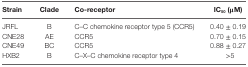
<table><thead><tr><td><b>Strain</b></td><td><b>Clade</b></td><td><b>Co-receptor</b></td><td><b>IC<sub>50</sub> (μM)</b></td></tr></thead><tbody><tr><td>JRFL</td><td>B</td><td>C–C chemokine receptor type 5 (CCR5)</td><td>0.40 ± 0.19</td></tr><tr><td>CNE28</td><td>AE</td><td>CCR5</td><td>0.70 ± 0.15</td></tr><tr><td>CNE49</td><td>BC</td><td>CCR5</td><td>0.88 ± 0.27</td></tr><tr><td>HXB2</td><td>B</td><td>C–X–C chemokine receptor type 4</td><td>&gt;5</td></tr></tbody></table>